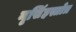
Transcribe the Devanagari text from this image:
नृसिंहस्तोत्र